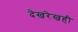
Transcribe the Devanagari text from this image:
देखरेखही